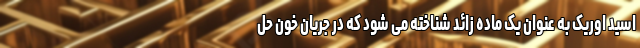
اسید اوریک به عنوان یک ماده زائد شناخته می شود که در جریان خون حل